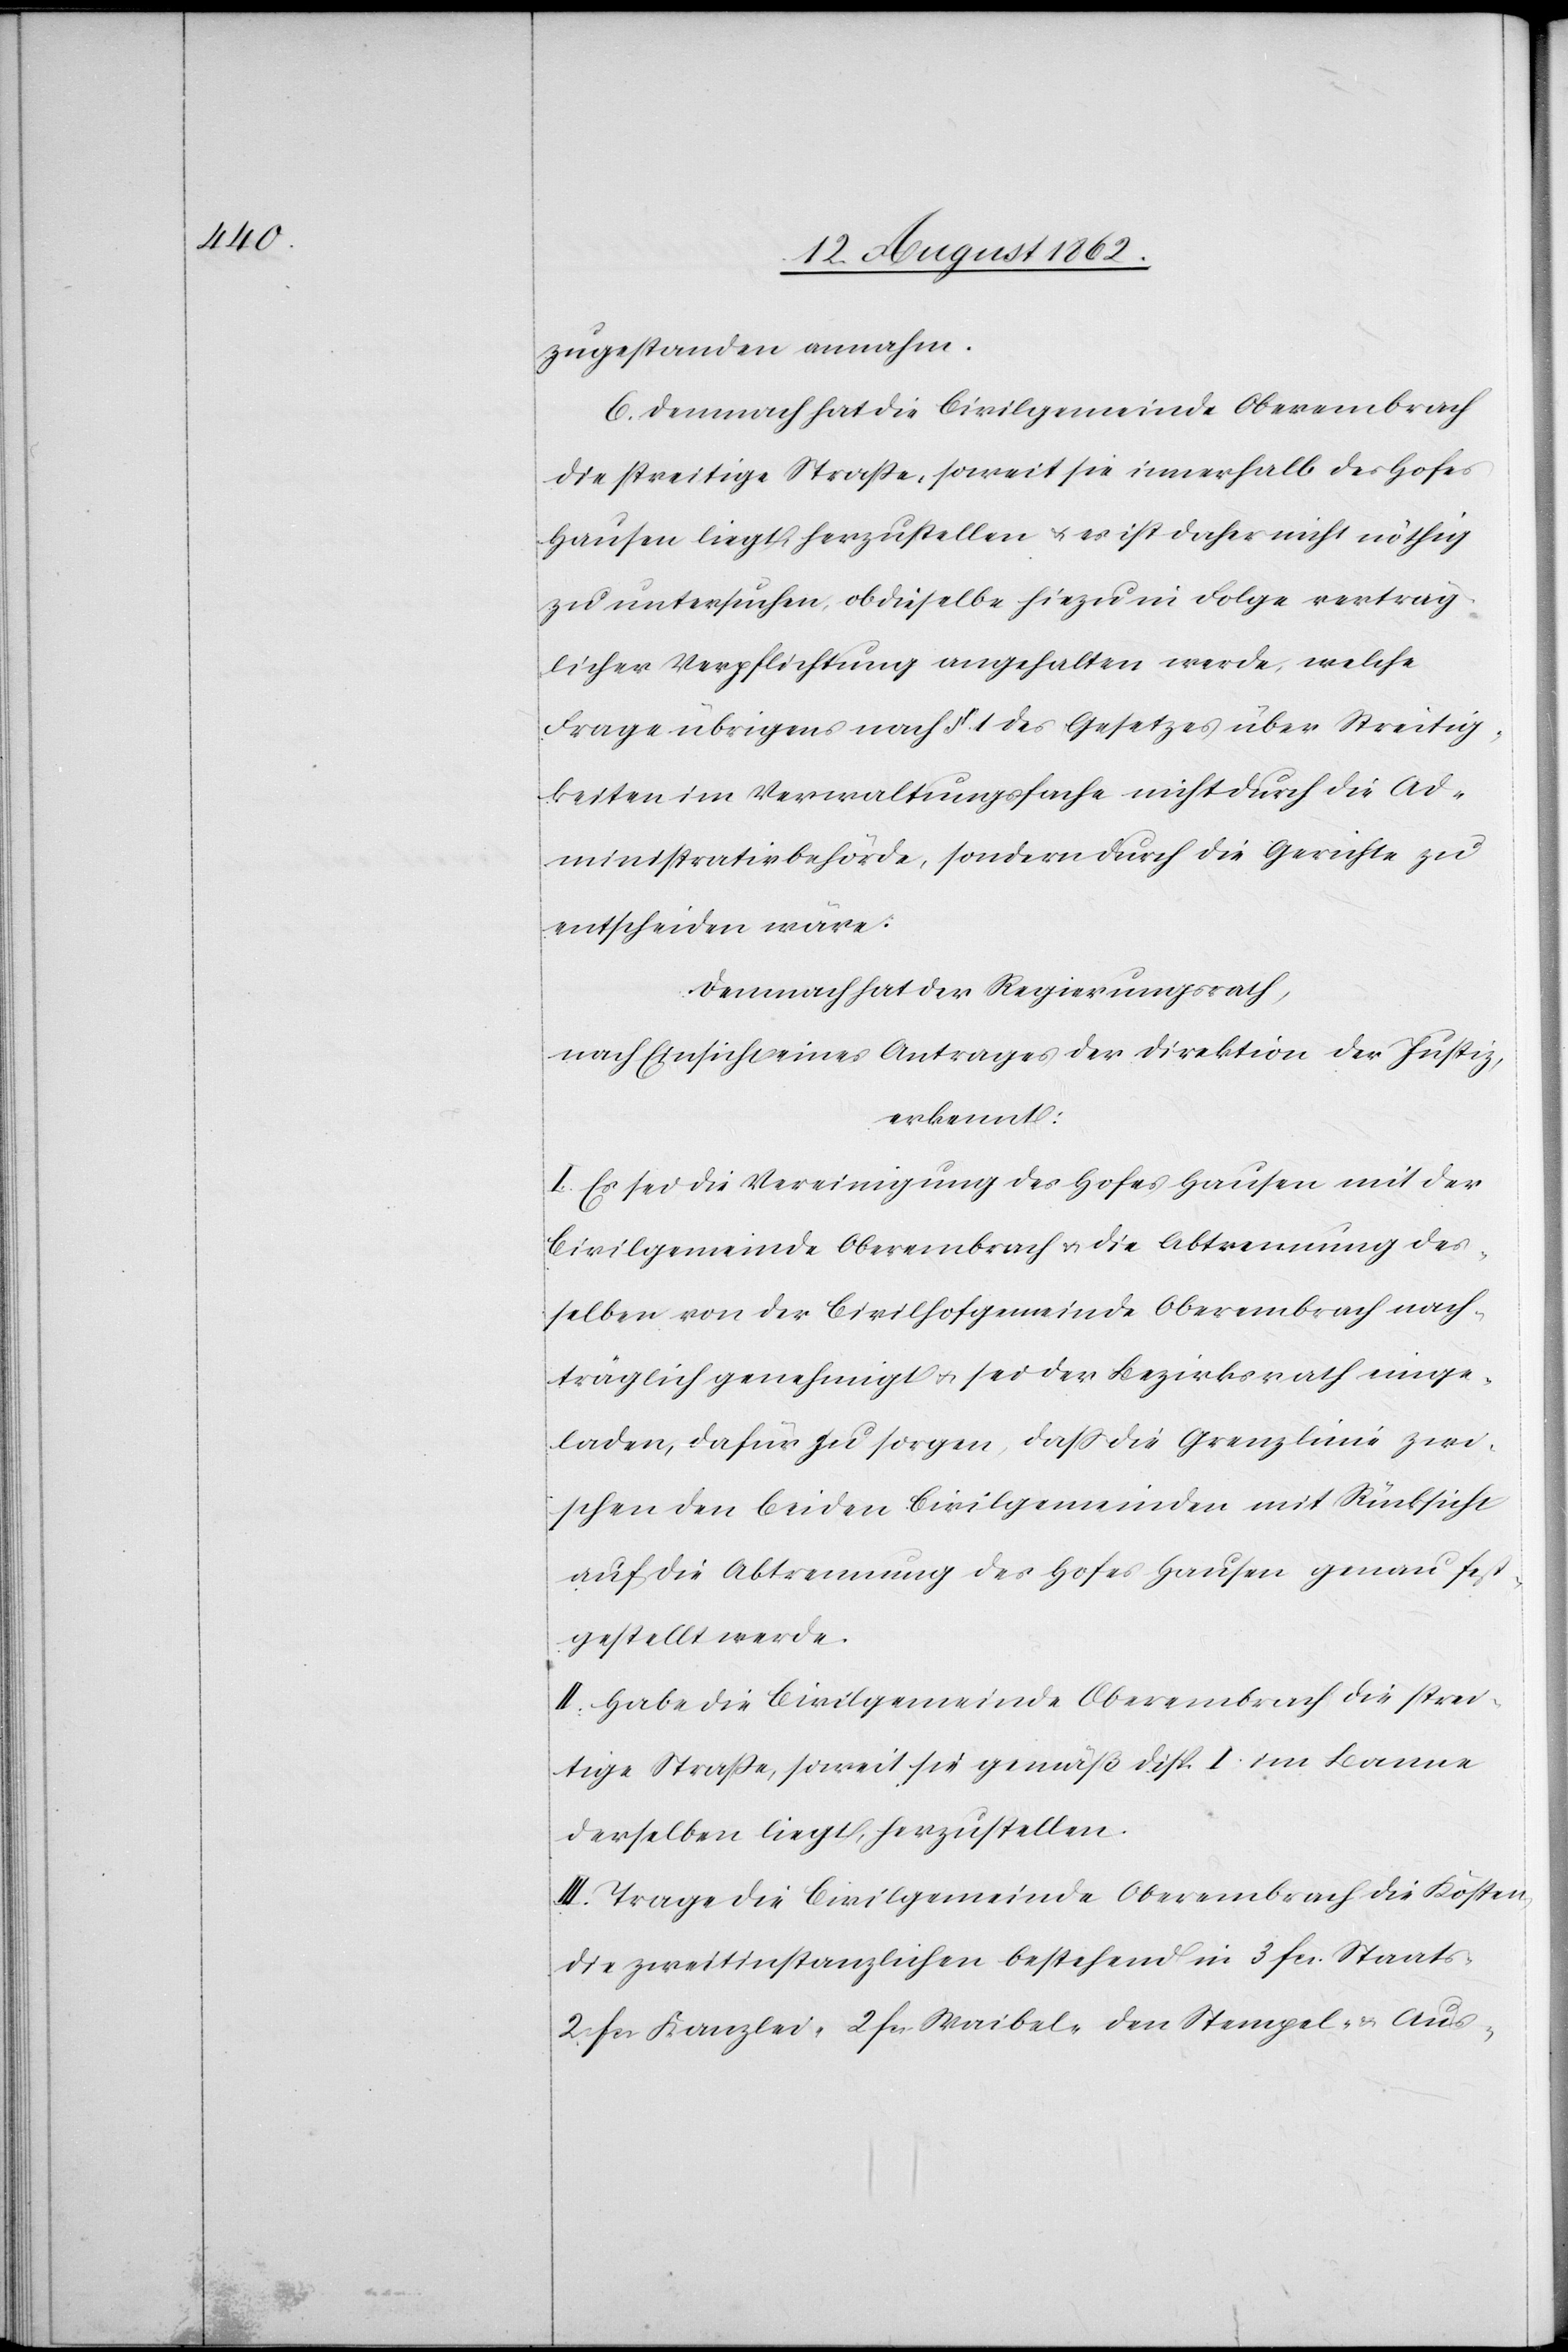
zugestanden annahm.
6. Demnach hat die Civilgemeinde Oberembrach
die streitige Straße, soweit sie innerhalb des Hofes
Hausen liegt, herzustellen u. es ist daher nicht nöthig
zu untersuchen, ob dieselbe hiezu in Folge verträg¬
licher Verpflichtung angehalten werde, welche
Frage übrigens nach §. 1 des Gesetzes über Streitig¬
keiten im Verwaltungsfache nicht durch die Ad¬
ministrationsbehörde, sondern durch die Gerichte zu
entscheiden wäre.
Demnach hat der Regierungsrath,
nach Einsicht eines Antrages der Direktion der Justiz,
erkennt:
I. Es sei die Vereinigung des Hofes Hausen mit der
Civilgemeinde Oberembrach u. die Abtrennung des¬
selben von der Civilhofgemeinde Oberembrach nach¬
träglich genehmigt u. sei der Bezirksrath einge¬
laden, dafür zu sorgen, daß die Grenzlinie zwi¬
schen den beiden Civilgemeinden mit Rücksicht
auf die Abtrennung des Hofes Hausen genau fest¬
gestellt werde.
II. Habe die Civilgemeinde Oberembrach die strei¬
tige Straße, soweit sie gemäß Disp. I im Banne
derselben liegt, herzustellen.
III. Trage die Civilgemeinde Oberembrach die Kosten,
die zweitinstanzlichen bestehend in 3 fcs. Staats-[,]
2 fcs. Kanzlei-[,] 2 fcs Waibel-[,] den Stempel- u. Aus-